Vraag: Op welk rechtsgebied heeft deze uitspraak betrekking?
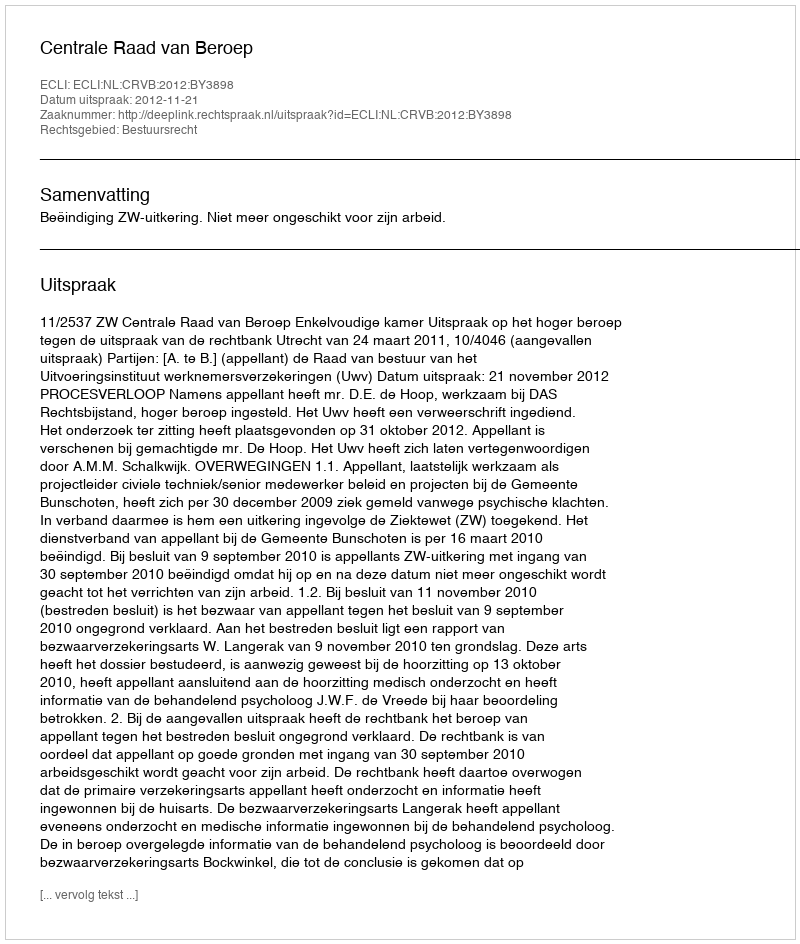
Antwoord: Bestuursrecht